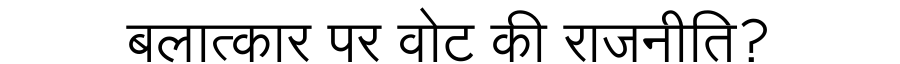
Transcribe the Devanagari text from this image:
बलात्कार पर वोट की राजनीति?